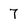
Character: 7